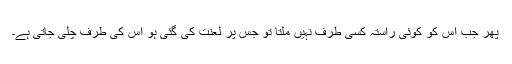
پھر جب اس کو کوئی راستہ کسی طرف نہیں ملتا تو جس پر لعنت کی گئی ہو اس کی طرف چلی جاتی ہے۔